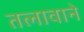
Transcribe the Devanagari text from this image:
तलावाने